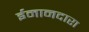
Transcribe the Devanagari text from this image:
ईमानदारा